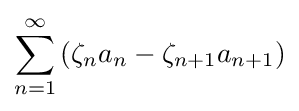
\sum _{n=1}^{\infty }\left(\zeta _{n}a_{n}-\zeta _{n+1}a_{n+1}\right)